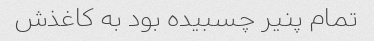
تمام پنیر چسبیده بود به کاغذش